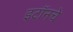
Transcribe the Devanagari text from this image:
इटॉनचे